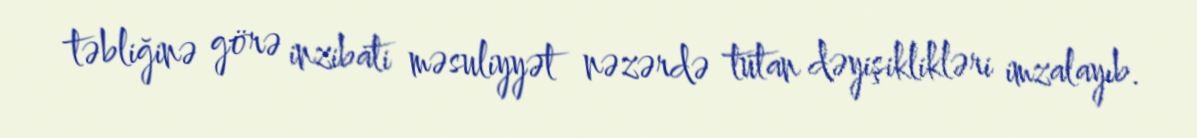
təbliğinə görə inzibati məsuliyyət nəzərdə tutan dəyişiklikləri imzalayıb.